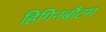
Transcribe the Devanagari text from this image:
हिगिनबौटम